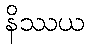
နိဿယ